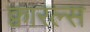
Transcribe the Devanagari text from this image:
क्वारल्स